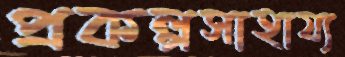
প্রকল্পসাহায্য